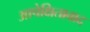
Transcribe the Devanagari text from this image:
आपेक्षितावाद